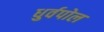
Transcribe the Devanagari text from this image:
धुर्वपोल